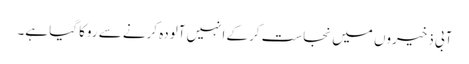
آبی ذخیروں میں نجاست کرکے انہیں آلودہ کرنے سے روکا گیا ہے۔